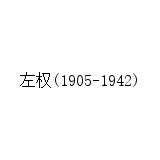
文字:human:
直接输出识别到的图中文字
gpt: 左权(1905-1942)